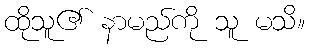
ထိုသူ၏ နာမည်ကို သူ မသိ။